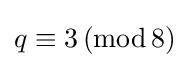
q\equiv 3\,({\text{mod}}\,8)